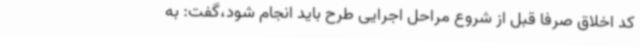
کد اخلاق صرفا قبل از شروع مراحل اجرایی طرح باید انجام شود،گفت: به